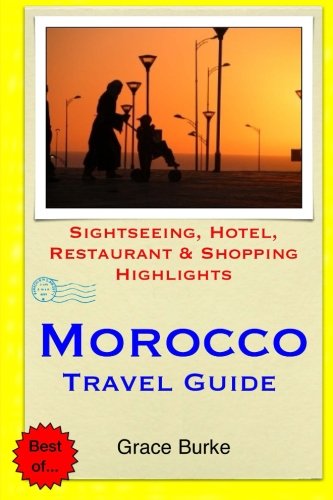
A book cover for Morocco Travel Guide: Sightseeing, Hotel, Restaurant & Shopping Highlights; Grace Burke; Travel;